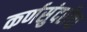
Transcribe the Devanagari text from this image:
कर्णसुंदरीचा